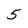
Character: 5